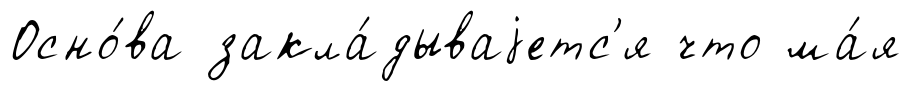
Осно́ва закла́дываjетс'я что ма́я